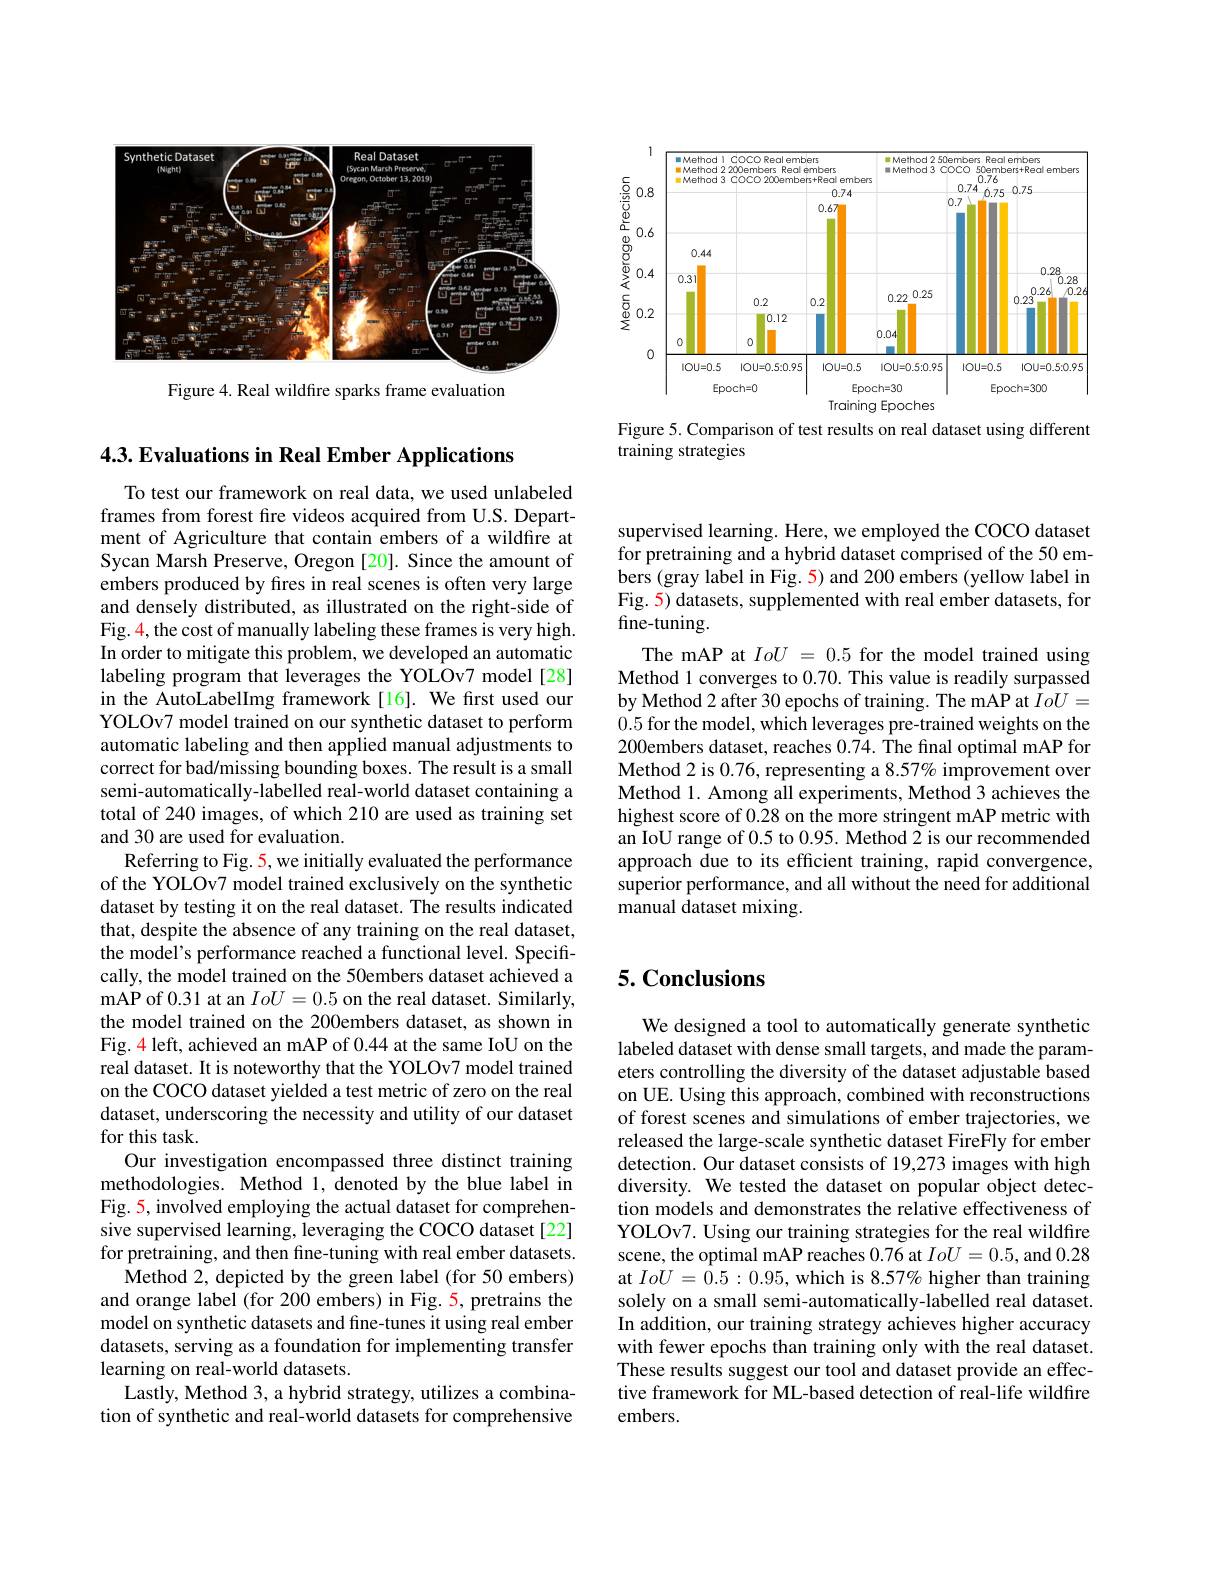
<FigureHere>

Figure 4. Real wildfire sparks frame evaluation

<FigureHere>

Figure 5. Comparison of test results on real dataset using different
training strategies

supervised learning. Here, we employed the COCO dataset for pretraining and a hybrid dataset comprised of the 50 embers (gray label in Fig. 5) and 200 embers (yellow label in Fig. 5) datasets, supplemented with real ember datasets, for fine-tuning.
The mAP at IoU = 0.5 for the model trained using Method 1 converges to 0.70. This value is readily surpassed by Method 2 after 30 epochs of training. The mAP at $IoU=$ 0.5 for the model, which leverages pre-trained weights on the 200embers dataset, reaches 0.74. The fınal optimal mAP for Method 2 is 0.76, representing a 8.57% improvement over Method 1. Among all experiments, Method 3 achieves the highest score of 0.28 on the more stringent mAP metric with an IoU range of 0.5 to 0.95. Method 2 is our recommended approach due to its efficient training, rapid convergence, superior performance, and all without the need for additional $\tilde{\text{manual dataset mixing}}.$

4.3. Evaluations in Real Ember Applications

To test our framework on real data, we used unlabeled frames from forest fire videos acquired from U.S. Department of Agriculture that contain embers of a wildfire at Sycan Marsh Preserve, Oregon [20]. Since the amount of embers produced by fires in real scenes is often very large and densely distributed, as illustrated on the right-side of Fig. 4, the cost of manually labeling these frames is very high. In order to mitigate this problem, we developed an automatic labeling program that leverages the YOLOv7 model[28] in the AutoLabelImg framework[16]. We first used our YOLOv7 model trained on our synthetic dataset to perform automatic labeling and then applied manual adjustments to correct for bad/missing bounding boxes. The result is a small semi-automatically-labelled real-world dataset containing a total of 240 images, of which 210 are used as training set and 30 are used for evaluation.
Referring to Fig. 5, we initially evaluated the performance of the YOLOv7 model trained exclusively on the synthetic dataset by testing it on the real dataset. The results indicated that, despite the absence of any training on the real dataset, the model's performance reached a functional level. Specifically, the model trained on the 50embers dataset achieved a mAP of 0.31 at an $IoU=0.5$ on the real dataset. Similarly, the model trained on the 200embers dataset, as shown in Fig. 4 left, achieved an mAP of 0.44 at the same IoU on the real dataset. It is noteworthy that the YOLOv7 model trained on the COCO dataset yielded a test metric of zero on the real dataset, underscoring the necessity and utility of our dataset for this task.
Our investigation encompassed three distinct training methodologies. Method 1, denoted by the blue label in Fig. 5, involved employing the actual dataset for comprehensive supervised learning, leveraging the COCO dataset[22] for pretraining, and then fine-tuning with real ember datasets.
Method 2, depicted by the green label (for 50 embers) and orange label (for 200 embers) in Fig. 5, pretrains the model on synthetic datasets and fine-tunes it using real ember datasets, serving as a foundation for implementing transfer learning on real-world datasets.
Lastly, Method 3, a hybrid strategy, utilizes a combination of synthetic and real-world datasets for comprehensive

## 5. Conclusions

We designed a tool to automatically generate synthetic labeled dataset with dense small targets, and made the parameters controlling the diversity of the dataset adjustable based on UE. Using this approach, combined with reconstructions of forest scenes and simulations of ember trajectories, we released the large-scale synthetic dataset FireFly for ember detection. Our dataset consists of 19,273 images with high diversity. We tested the dataset on popular object detection models and demonstrates the relative effectiveness of YOLOv7. Using our training strategies for the real wildfire scene, the optimal mAP reaches 0.76 at $IoU=0.5$, and 0.28 at $IoU=\hat{0}.5:0.95$,which is 8.57% higher than training solely on a small semi-automatically-labelled real dataset. In addition, our training strategy achieves higher accuracy with fewer epochs than training only with the real dataset. These results suggest our tool and dataset provide an effective framework for ML-based detection of real-life wildfire embers.